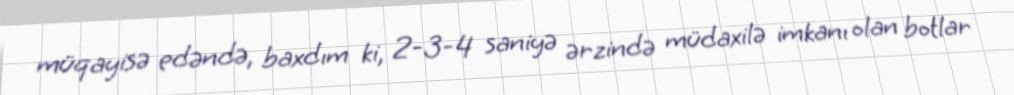
müqayisə edəndə, baxdım ki, 2-3-4 saniyə ərzində müdaxilə imkanı olan botlar